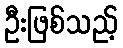
ဦးဖြစ်သည့်